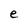
Character: e